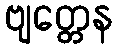
ဗျတ္တေန